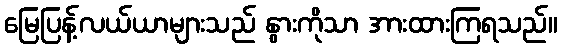
မြေပြန့်လယ်ယာများသည် နွားကိုသာ အားထားကြရသည်။